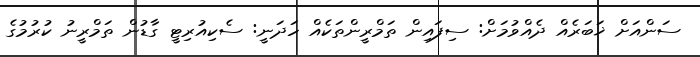
ސަންއަށް ޚަބަރެއް ދެއްވުމަށް: ސިފައިން ތަމްރީންތަކެއް ހަދަނީ: ސެކިއުރިޓީ ގާޑުން ތަމްރީނު ކުރުމުގެ